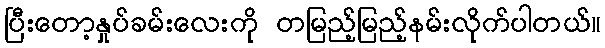
ပြီးတော့နှုပ်ခမ်းလေးကို တမြည့်မြည့်နမ်းလိုက်ပါတယ်။